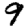
Digit: 9